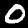
Label: 0